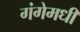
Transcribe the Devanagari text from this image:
गंगेमधी